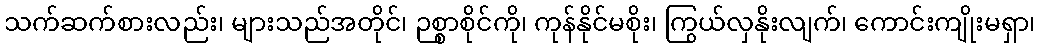
သက်ဆက်စားလည်း၊ များသည်အတိုင်၊ ဉစ္စာစိုင်ကို၊ ကုန်နိုင်မစိုး၊ ကြွယ်လှနိုးလျက်၊ ကောင်းကျိုးမရှာ၊